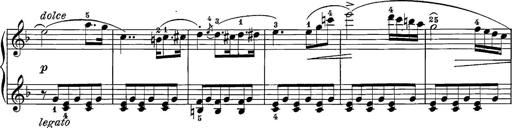
Title: 12 Sonatine per Pianoforte
Composer: Friedrich Kuhlau